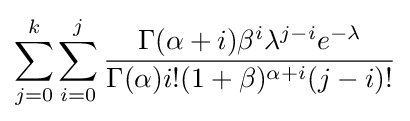
\sum _{j=0}^{k}\sum _{i=0}^{j}{\frac {\Gamma (\alpha +i)\beta ^{i}\lambda ^{j-i}e^{-\lambda }}{\Gamma (\alpha )i!(1+\beta )^{\alpha +i}(j-i)!}}